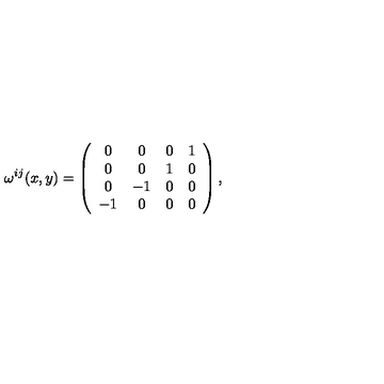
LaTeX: \omega ^ { i j } ( x , y ) = \left( \begin{array} { c c c c } { 0 } & { 0 } & { 0 } & { 1 } \\ { 0 } & { 0 } & { 1 } & { 0 } \\ { 0 } & { - 1 } & { 0 } & { 0 } \\ { - 1 } & { 0 } & { 0 } & { 0 } \\ \end{array} \right) ,